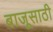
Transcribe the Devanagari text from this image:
बाजूसाठी